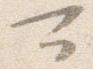
可